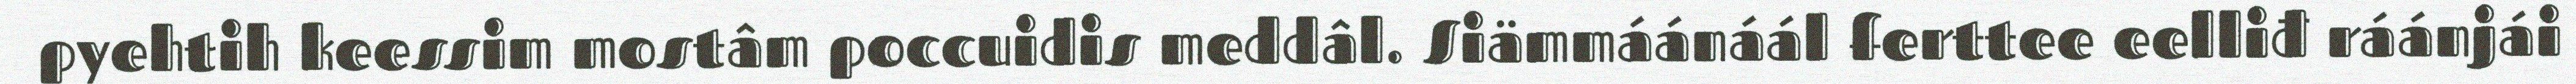
pyehtih keessim mostâm poccuidis meddâl. Siämmáánáál ferttee eelliđ ráánjái